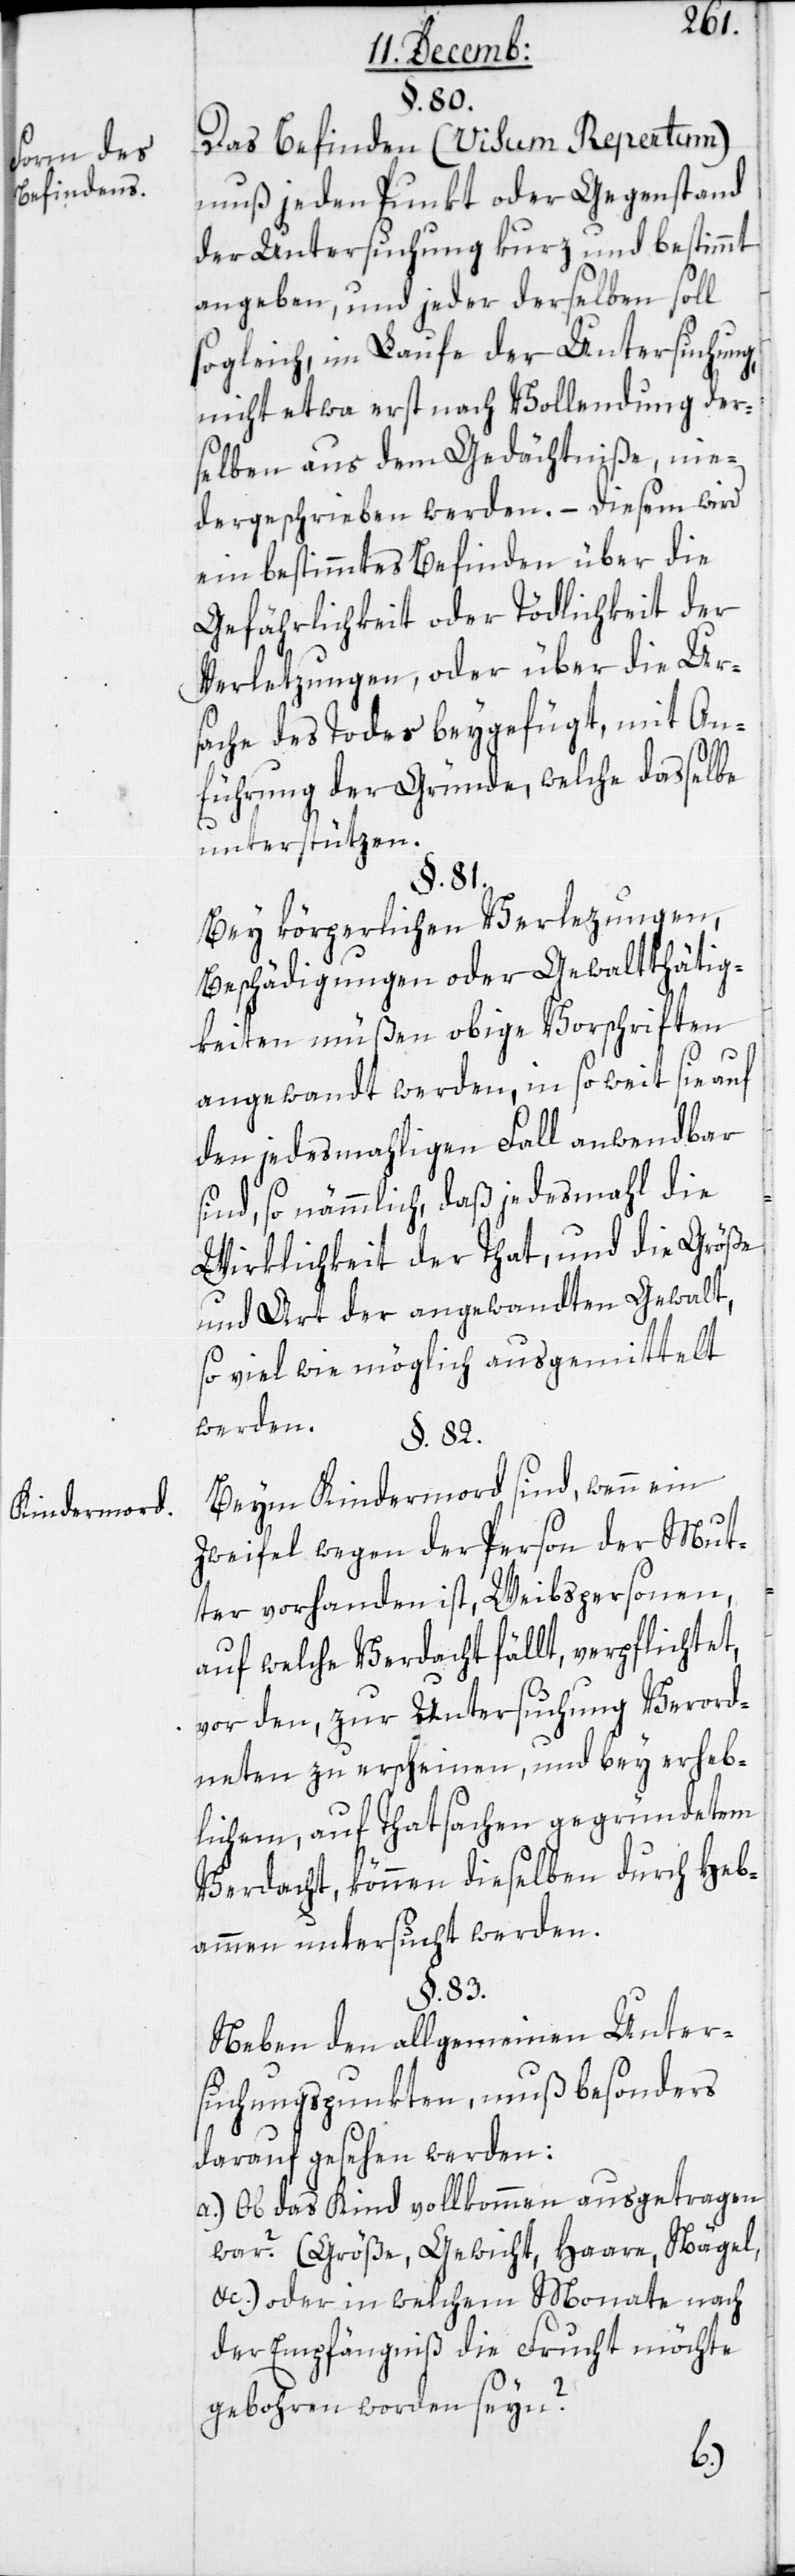
Form des
Befindens.
Kindermord.

§. 80.
Das Befinden (Visum Repertum)
muß jeden Punkt oder Gegenstand
der Untersuchung kurz und bestimmt
angeben, und jeder derselben soll
sogleich, im Laufe der Untersuchung,
nicht etwa erst nach Vollendung der¬
selben aus dem Gedächtniße, nie¬
dergeschrieben werden. – Diesem wird
ein bestimmtes Befinden über die
Gefährlichkeit oder Tödlichkeit der
Verletzungen, oder über die Ur¬
sache des Todes beygefügt, mit An¬
führung der Gründe, welche dasselbe
unterstützen.
§. 81.
Bey körperlichen Verletzungen,
Beschädigungen oder Gewaltthätig¬
keiten müßen obige Vorschriften
angewandt werden, in so weit sie auf
den jedesmahligen Fall anwendbar
sind, so nämmlich, daß jedesmahl die
Wirklichkeit der Tat und die Größe
und Art der angewandten Gewalt,
so viel wie möglich ausgemittelt
werden.
§. 82.
Beim Kindermord sind, wenn ein
Zweifel wegen der Person der Mut¬
ter vorhanden ist, Weibspersonen,
auf welche Verdacht fällt, verpflichtet,
vor den, zur Untersuchung Verord¬
neten zu erscheinen, und bey erheb¬
lichen, auf Thatsachen gegründetem
Verdacht, können dieselben durch Heb¬
ammen untersucht werden.
§. 83.
Neben den allgemeinen Unter¬
suchungspunkten, muß besonders
darauf gesehen werden:
a.) Ob das Kind vollkommen ausgetragen
war? (Größe, Gewicht, Haare, Nägel
&c.), oder in welchem Monate nach
der Empfängniß die Frucht möchte
gebohren worden sein?